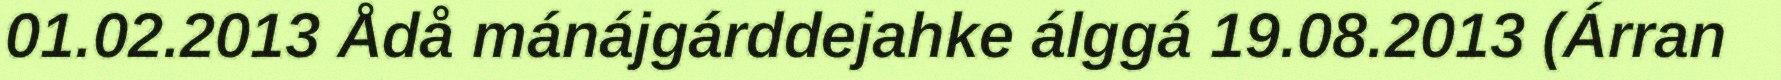
01.02.2013 Ådå mánájgárddejahke álggá 19.08.2013 (Árran